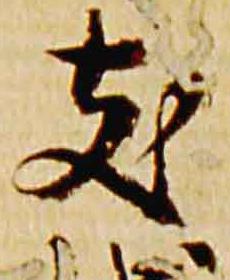
支